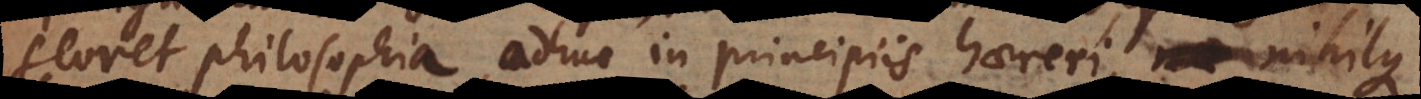
floret philosophia, adhuc in principiis haereri, nihilque